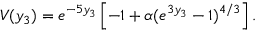
V ( y _ { 3 } ) = e ^ { - 5 y _ { 3 } } \left[ - 1 + \alpha ( e ^ { 3 y _ { 3 } } - 1 ) ^ { 4 / 3 } \right] .